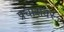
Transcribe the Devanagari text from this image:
प्रचारावर